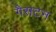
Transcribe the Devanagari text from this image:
गैसटन